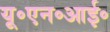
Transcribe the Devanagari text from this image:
यू॰एन॰आई॰